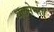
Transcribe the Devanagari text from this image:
थलसेनाएँ